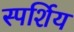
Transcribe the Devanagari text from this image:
स्पर्शिय